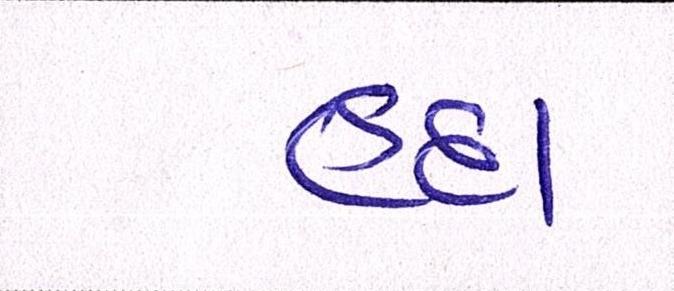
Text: હૃદા